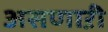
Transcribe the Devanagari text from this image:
असणाऱी